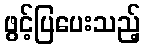
ဖွင့်ပြပေးသည့်